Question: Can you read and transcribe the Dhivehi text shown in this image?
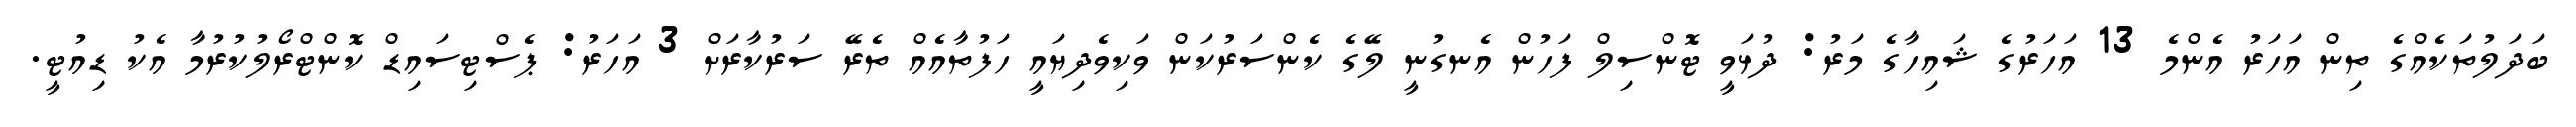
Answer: ބަދަލުތަކެއްގެ ތިން އަހަރު އެންމެ 13 އަހަރުގެ ޝައިހާގެ މަރު: ދުޅަވީ ޓޮންސިލް ފަހުން އެނގުނީ ލޭގެ ކެންސަރުކަން ވަކިވެދިޔައީ ހަފުތާއެއް ތެރޭ ސަރުކާރަށް 3 އަހަރު: ޕެސްޓިސައިޑް ކޮންޓްރޯލުކުރުމާ އެކު ޑިއުޓީ.